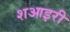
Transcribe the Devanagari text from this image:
शआइरी